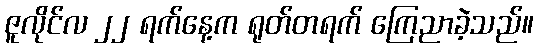
ဇူလိုင်လ ၂၂ ရက်နေ့က ရုတ်တရက် ကြေညာခဲ့သည်။